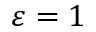
\varepsilon = 1